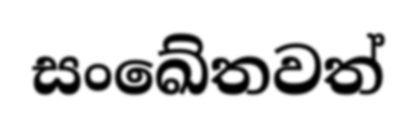
සංඛේතවත්